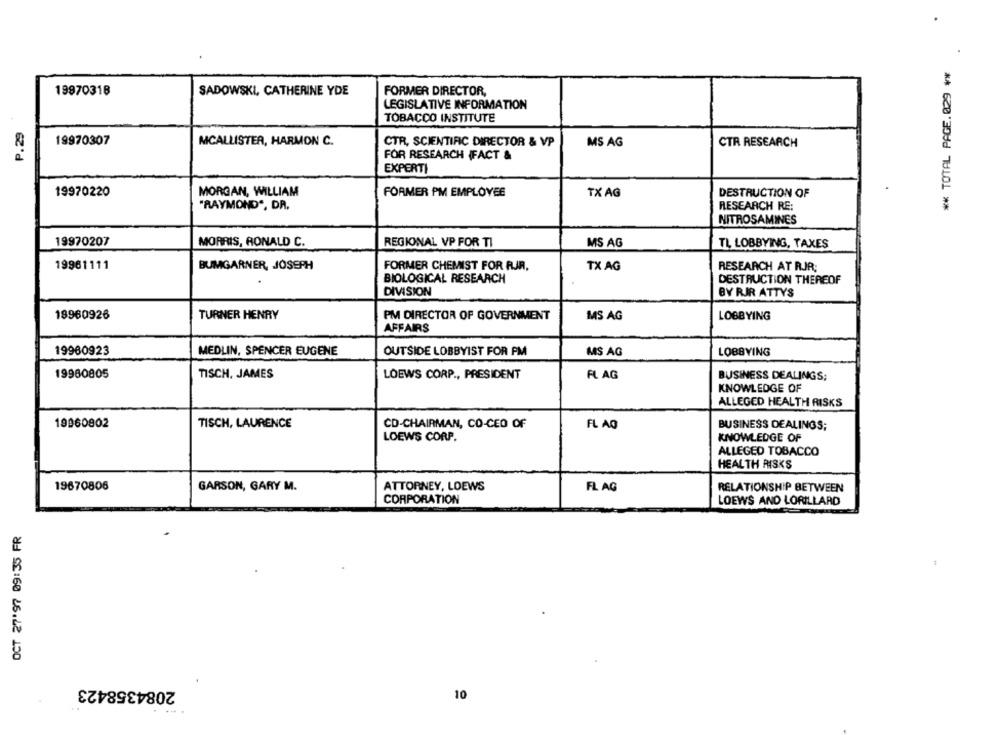
** TOTAL PAGE.029 **
19870318
SADOWSKI, CATHERINE YDE
FORMER DIRECTOR,
LEGISLATIVE INFORMATION
TOBACCO INSTITUTE
P.29
19970307
MCALLISTER, HARMON C.
CTR RESEARCH
CTR, SCIENTIFIC DIRECTOR & VP
MS AG
FOR RESEARCH (FACT &
EXPERTI
19970220
MORGAN, WILLIAM
FORMER PM EMPLOYEE
TX AG
DESTRUCTION OF
"RAYMOND", DR.
RESEARCH RE:
NITROSAMINES
19970207
MORRIS, RONALD C.
REGIONAL VP FOR TI
MS AG
TL LOBBYING, TAXES
19961111
BUMGARNER, JOSEPH
FORMER CHEMIST FOR RJR,
TX AG
RESEARCH AT RJR:
BIOLOGICAL RESEARCH
DESTRUCTION THEREOF
DIVISION
BY RIR ATTYS
19960926
TURNER HENRY
PM DIRECTOR OF GOVERNMENT
MS AG
LOBBYING
AFFAIRS
19960923
MEDLIN, SPENCER EUGENE
OUTSIDE LOBBYIST FOR PM
MS AG
LOBBYING
19960805
TISCH, JAMES
LOEWS CORP ., PRESIDENT
FLAG
BUSINESS DEALINGS;
KNOWLEDGE OF
ALLEGED HEALTH RISKS
19960802
TISCH, LAURENCE
CD-CHAIRMAN, CO-CEO OF
FL AO
BUSINESS DEALINGS;
LOEWS CORP.
KNOWLEDGE OF
ALLEGED TOBACCO
HEALTH RISKS
19670806
GARSON, GARY M.
ATTORNEY, LOEWS
FL AG
RELATIONSHIP BETWEEN
CORPORATION
LOEWS AND LORILLARD
OCT 27'97 09:35 FR
2084358423
10